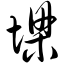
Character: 墚